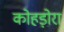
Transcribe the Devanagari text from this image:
कोहड़ोरा